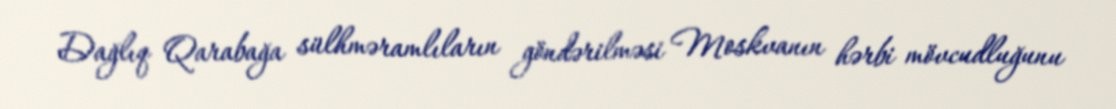
Dağlıq Qarabağa sülhməramlıların göndərilməsi Moskvanın hərbi mövcudluğunu